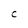
Character: C